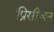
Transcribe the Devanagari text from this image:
प्रिसीजन